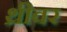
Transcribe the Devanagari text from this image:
थ्रीवर